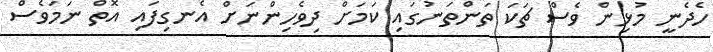
ހެދެނީ މުޅިން ވެސް ޗަކަ ތަންތަނުގައި ކަމަށް ދިވެހިންނަށް އެެނގިފައި އޮތް ނަމަވެސް